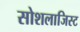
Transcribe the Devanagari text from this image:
सोशलाजिस्ट